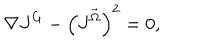
LaTeX: \nabla J ^ { G } - \left( J ^ { \vec { \Omega } } \right) ^ { 2 } = 0 ,